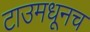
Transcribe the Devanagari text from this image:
टाउमधूनच